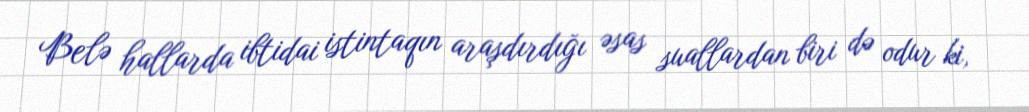
Belə hallarda ibtidai istintaqın araşdırdığı əsas suallardan biri də odur ki,